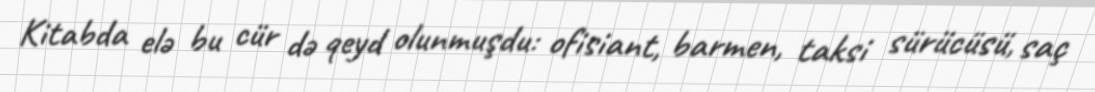
Kitabda elə bu cür də qeyd olunmuşdu: ofisiant, barmen, taksi sürücüsü, saç